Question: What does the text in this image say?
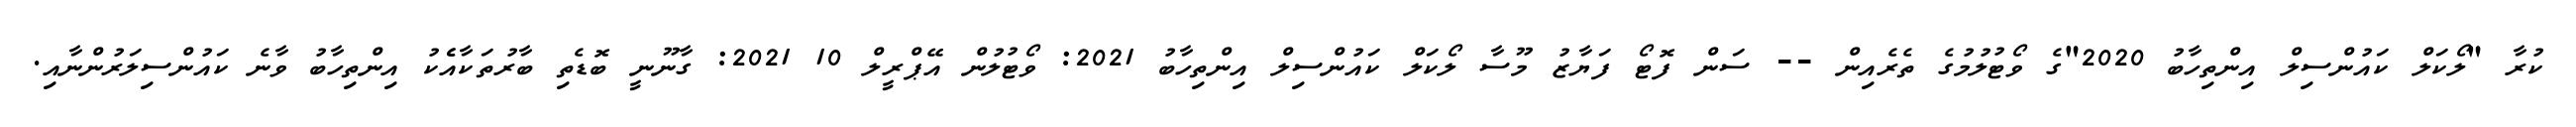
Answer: ކުރާ "ލޯކަލް ކައުންސިލް އިންތިހާބު 2020"ގެ ވޯޓުލުމުގެ ތެރެއިން -- ސަން ފޮޓޯ ފަޔާޒު މޫސާ ލޯކަލް ކައުންސިލް އިންތިހާބު 2021: ވޯޓުލުން އޭޕްރީލް 10 2021: ގާނޫނީ ބޮޑެތި ބާރުތަކާއެެކު އިންތިހާބު ވާނެ ކައުންސިލަރުންނާއި.